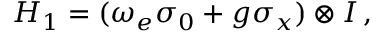
H _ { 1 } = ( \omega _ { e } \sigma _ { 0 } + g \sigma _ { x } ) \otimes I \, ,